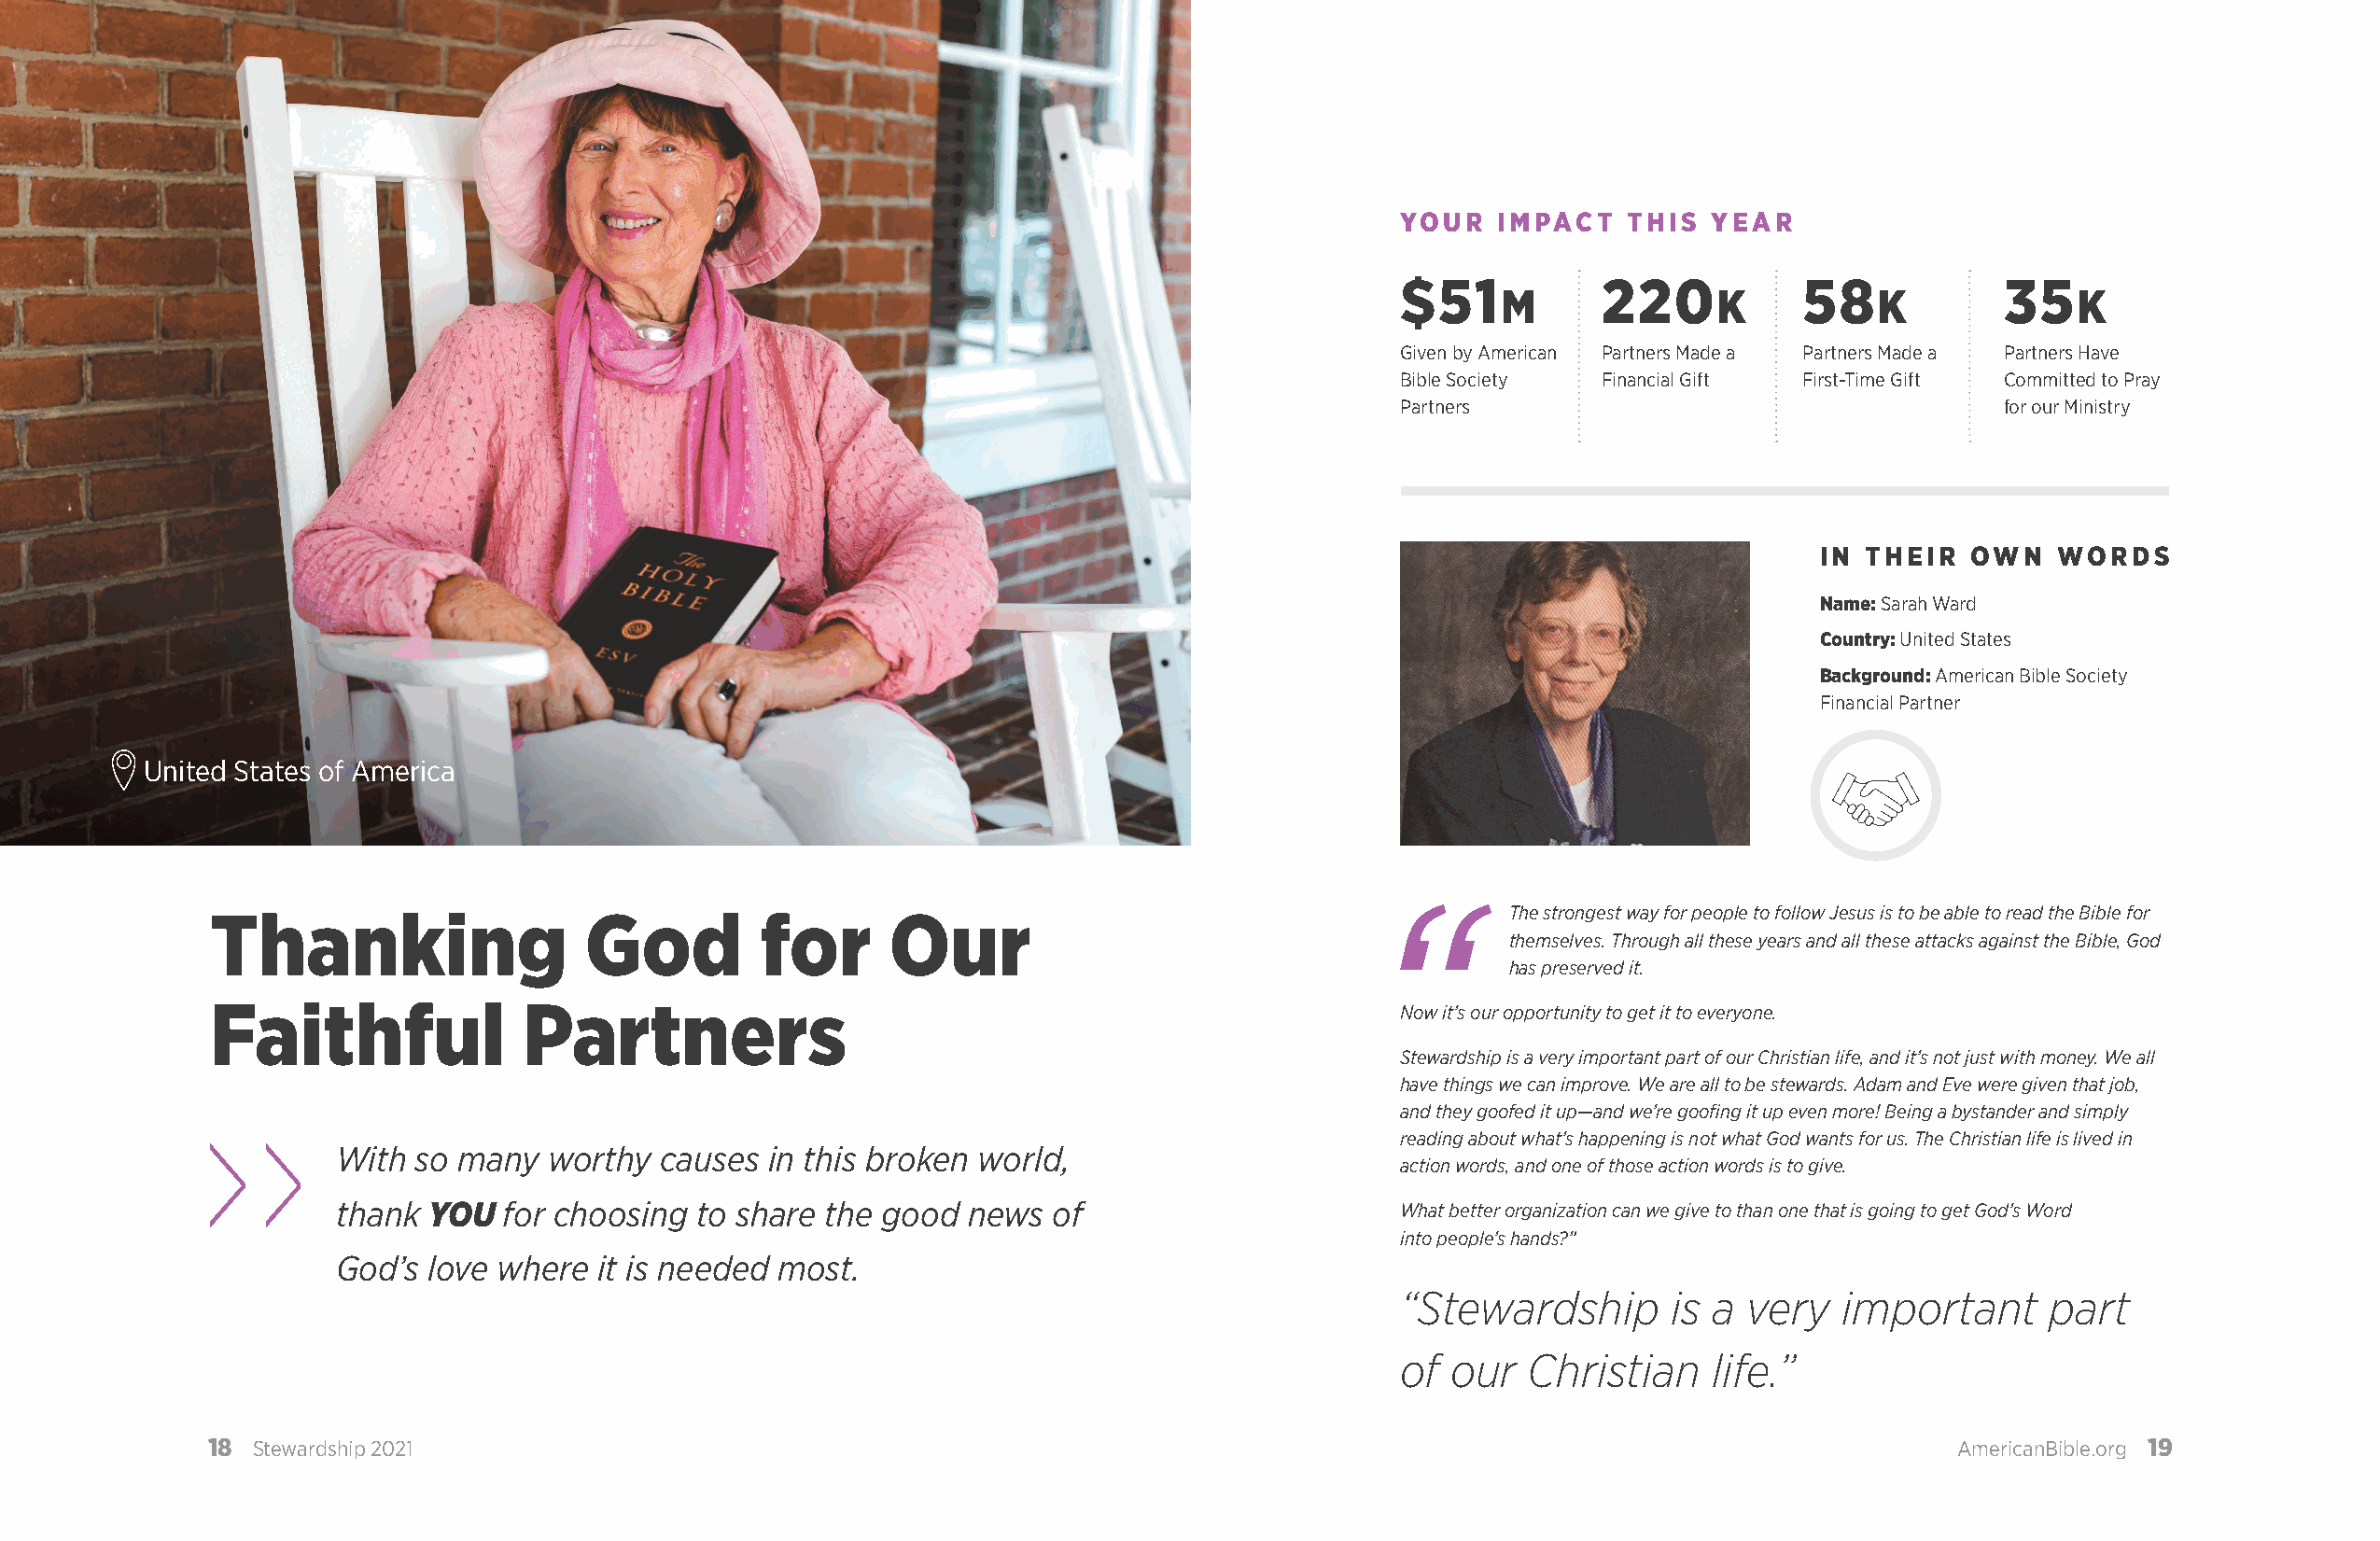
YOUR   IMPACT   THIS  YEAR
 $51            220           58            35
 M               K          K             K
 Given by American Partners Made a Partners Made a Partners Have
 Bible Society  Financial Gift First-Time Gift Committed to Pray
 Partners                                   for our Ministry
 IN THEIR   OWN   WORDS
 Name: Sarah Ward
 Country: United States
 Background: American Bible Society
 Financial Partner
 United States of America
 The strongest way for people to follow Jesus is to be able to read the Bible for
 Thanking                  God          for      Our
 themselves. Through all these years and all these attacks against the Bible, God
 has preserved it.
 Faithful              Partners                                                      Now it’s our opportunity to get it to everyone.
 Stewardship is a very important part of our Christian life, and it’s not just with money. We all
 have things we can improve. We are all to be stewards. Adam and Eve were given that job,
 and they goofed it up—and we’re goofing it up even more! Being a bystander and simply
 reading about what’s happening is not what God wants for us. The Christian life is lived in
 With so many   worthy  causes  in this broken world,
 action words, and one of those action words is to give.
 thank YOU   for choosing to share  the good  news  of                      What better organization can we give to than one that is going to get God’s Word
 into people’s hands?”
 God’s love where  it is needed most.
 “Stewardship        is a very   important     part
 of  our  Christian    life.”
 18 Stewardship 2021                                                                                                         AmericanBible.org 19